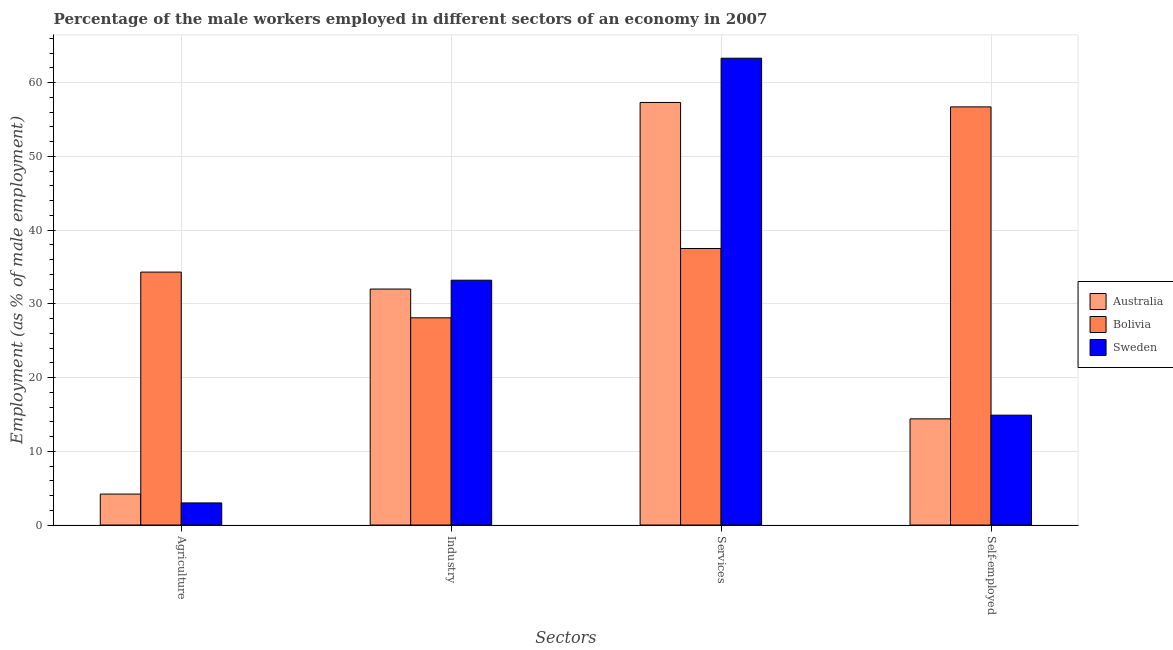
| Sectors | Australia | Bolivia | Sweden |
 | --- | --- | --- | --- |
 | Agriculture | 4.2 | 34.3 | 3 |
 | Industry | 32 | 28.1 | 33.2 |
 | Services | 57.3 | 37.5 | 63.3 |
 | Self-employed | 14.4 | 56.7 | 14.9 |